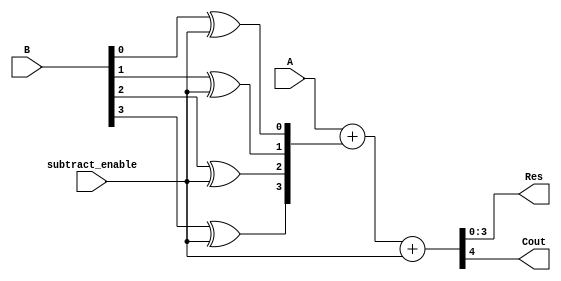
`timescale 1ns / 1ps
//////////////////////////////////////////////////////////////////////////////////
// Company: 
// Engineer: 
// 
// Design Name: 
// Module Name:    Module_Adder_Subtractor 
// Project Name: 
// Target Devices: 
// Tool versions: 
// Description: 
//
// Dependencies: 
//
// Revision: 
// Revision 0.01 - File Created
// Additional Comments: 
//
//////////////////////////////////////////////////////////////////////////////////
module Module_Adder_Subtractor(
    input [3:0] A,
    input [3:0] B,
    input subtract_enable,
    output [3:0] Res,
    output Cout
    );
//Hold values after bitwise NOT
wire [3:0] B1;

//Perform bitwise NOT in case subtract_enable is HIGH	
xor(B1[0],B[0],subtract_enable);
xor(B1[1],B[1],subtract_enable);
xor(B1[2],B[2],subtract_enable);
xor(B1[3],B[3],subtract_enable);

//Perform ripple-carry addition	
assign {Cout,Res} = A + B1 + subtract_enable;
 

endmodule